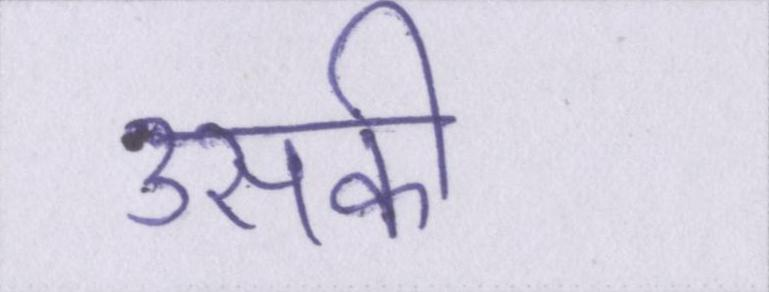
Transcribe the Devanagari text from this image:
उसकी